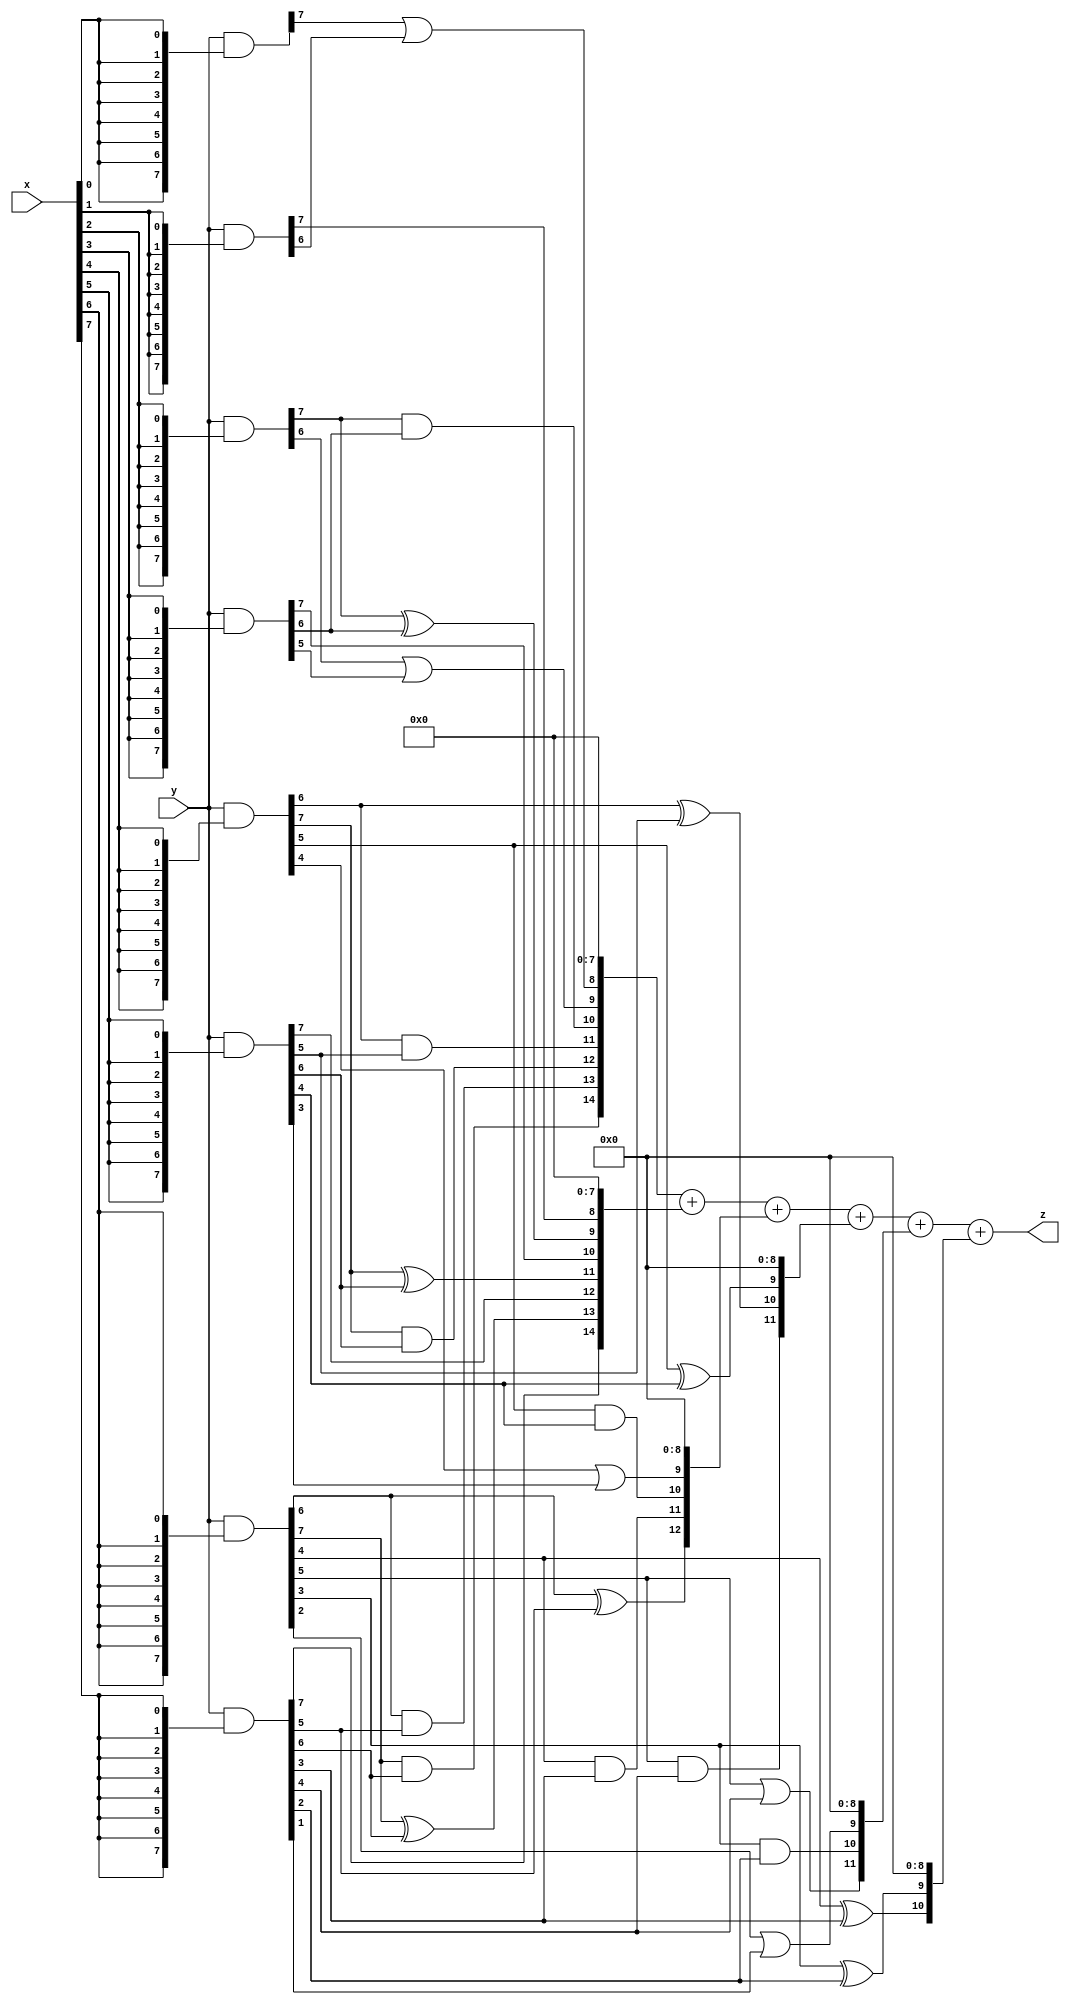
// terms: 26
// fval:  587534.25

module unsigned_8x8_l8_lamb20000_7 (
	input [7:0] x,
	input [7:0] y,
	output [15:0] z
);


wire [7:0] part1 =  y & {8{x[0]}};
wire [7:0] part2 =  y & {8{x[1]}};
wire [7:0] part3 =  y & {8{x[2]}};
wire [7:0] part4 =  y & {8{x[3]}};
wire [7:0] part5 =  y & {8{x[4]}};
wire [7:0] part6 =  y & {8{x[5]}};
wire [7:0] part7 =  y & {8{x[6]}};
wire [7:0] part8 =  y & {8{x[7]}};

wire [14:0] new_part1;
assign new_part1[0] = 0;
assign new_part1[1] = 0;
assign new_part1[2] = 0;
assign new_part1[3] = 0;
assign new_part1[4] = 0;
assign new_part1[5] = 0;
assign new_part1[6] = 0;
assign new_part1[7] = 0;
assign new_part1[8] = part1[7] | part2[6];
assign new_part1[9] = part3[6] | part4[5];
assign new_part1[10] = part3[7] & part4[6];
assign new_part1[11] = part5[6] & part6[5];
assign new_part1[12] = part5[7] & part6[6];
assign new_part1[13] = part7[6] & part8[5];
assign new_part1[14] = part7[7] & part8[6];

wire [14:0] new_part2;
assign new_part2[0] = 0;
assign new_part2[1] = 0;
assign new_part2[2] = 0;
assign new_part2[3] = 0;
assign new_part2[4] = 0;
assign new_part2[5] = 0;
assign new_part2[6] = 0;
assign new_part2[7] = 0;
assign new_part2[8] = part2[7];
assign new_part2[9] = part3[7] ^ part4[6];
assign new_part2[10] = part4[7];
assign new_part2[11] = part5[7] ^ part6[6];
assign new_part2[12] = part6[7];
assign new_part2[13] = part7[7] ^ part8[6];
assign new_part2[14] = part8[7];

wire [12:0] new_part3;
assign new_part3[0] = 0;
assign new_part3[1] = 0;
assign new_part3[2] = 0;
assign new_part3[3] = 0;
assign new_part3[4] = 0;
assign new_part3[5] = 0;
assign new_part3[6] = 0;
assign new_part3[7] = 0;
assign new_part3[8] = 0;
assign new_part3[9] = part5[4] | part6[3];
assign new_part3[10] = part5[5] & part6[4];
assign new_part3[11] = part7[4] & part8[3];
assign new_part3[12] = part7[6] ^ part8[5];

wire [11:0] new_part4;
assign new_part4[0] = 0;
assign new_part4[1] = 0;
assign new_part4[2] = 0;
assign new_part4[3] = 0;
assign new_part4[4] = 0;
assign new_part4[5] = 0;
assign new_part4[6] = 0;
assign new_part4[7] = 0;
assign new_part4[8] = 0;
assign new_part4[9] = part5[5] ^ part6[4];
assign new_part4[10] = part5[6] ^ part6[5];
assign new_part4[11] = part7[5] & part8[4];

wire [11:0] new_part5;
assign new_part5[0] = 0;
assign new_part5[1] = 0;
assign new_part5[2] = 0;
assign new_part5[3] = 0;
assign new_part5[4] = 0;
assign new_part5[5] = 0;
assign new_part5[6] = 0;
assign new_part5[7] = 0;
assign new_part5[8] = 0;
assign new_part5[9] = part7[2] | part8[1];
assign new_part5[10] = part7[3] & part8[2];
assign new_part5[11] = part7[5] | part8[4];

wire [10:0] new_part6;
assign new_part6[0] = 0;
assign new_part6[1] = 0;
assign new_part6[2] = 0;
assign new_part6[3] = 0;
assign new_part6[4] = 0;
assign new_part6[5] = 0;
assign new_part6[6] = 0;
assign new_part6[7] = 0;
assign new_part6[8] = 0;
assign new_part6[9] = part7[3] ^ part8[2];
assign new_part6[10] = part7[4] ^ part8[3];

assign z = new_part1 + new_part2 + new_part3 + new_part4 + new_part5 + new_part6;
endmodule